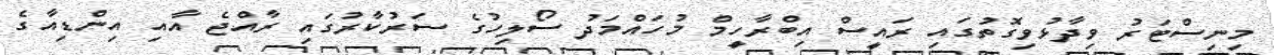
މިނިސްޓަރު ވިދާޅުވިގޮތުގައި ރައީސް އިބްރާހީމް މުހައްމަދު ސޯލިހުގެ ސަރުކާރުގައި ރާއްޖެ އާއި އިންޑިއާގެ